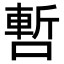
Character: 𠼃